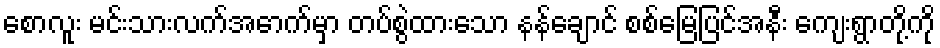
စောလူး မင်းသားလက်အောက်မှာ တပ်စွဲထားသော နန်ချောင် စစ်မြေပြင်အနီး ကျေးရွာတို့ကို